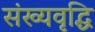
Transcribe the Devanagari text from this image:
संख्यवृद्धि